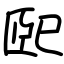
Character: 巸